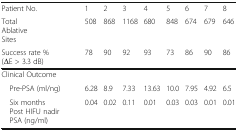
| Patient No. | 1 | 2 | 3 | 4 | 5 | 6 | 7 | 8 |
 | Total Ablative Sites | 508 | 868 | 1168 | 680 | 848 | 674 | 679 | 646 |
 | Success rate % (ΔE > 3.3 dB) | 78 | 90 | 92 | 93 | 73 | 86 | 90 | 86 |
 | --- | --- | --- | --- | --- | --- | --- | --- | --- |
 | <COLSPAN=9> Clinical Outcome |
 | Pre-PSA (ml/ng) | 6.28 | 8.9 | 7.33 | 13.63 | 10.0 | 7.95 | 4.92 | 6.5 |
 | Six months Post HIFU nadir PSA (ng/ml) | 0.04 | 0.02 | 0.11 | 0.01 | 0.03 | 0.03 | 0.01 | 0.01 |